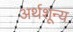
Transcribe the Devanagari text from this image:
अर्थशून्य